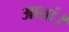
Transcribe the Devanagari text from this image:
आतां।